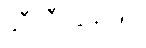
ဆီလီကွန်ဖြင့်